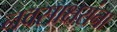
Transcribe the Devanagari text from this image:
नवसाक्षरांना